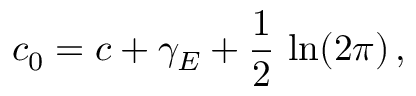
c _ { 0 } = c + \gamma _ { E } + \frac { 1 } { 2 } \, \ln ( 2 \pi ) \, ,